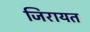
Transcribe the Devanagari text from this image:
जिरायत